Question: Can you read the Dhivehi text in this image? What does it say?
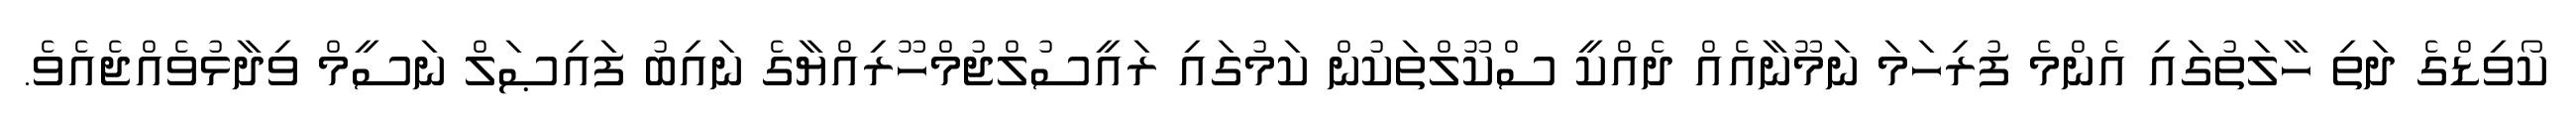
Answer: ކޯވިޑްގެ ދަތި ހާލަތުގައި އެންމެ ފުރިހަމަ ނަމޫނާއެއް ދެއްކީ ސްކޫލްތަކުން ކަމުގައި ރައީސުލްޖުމްހޫރިއްޔާގެ ނައިބު ފައިޞަލް ނަސީމް ވިދާޅުވެއްޖެއެވެ.